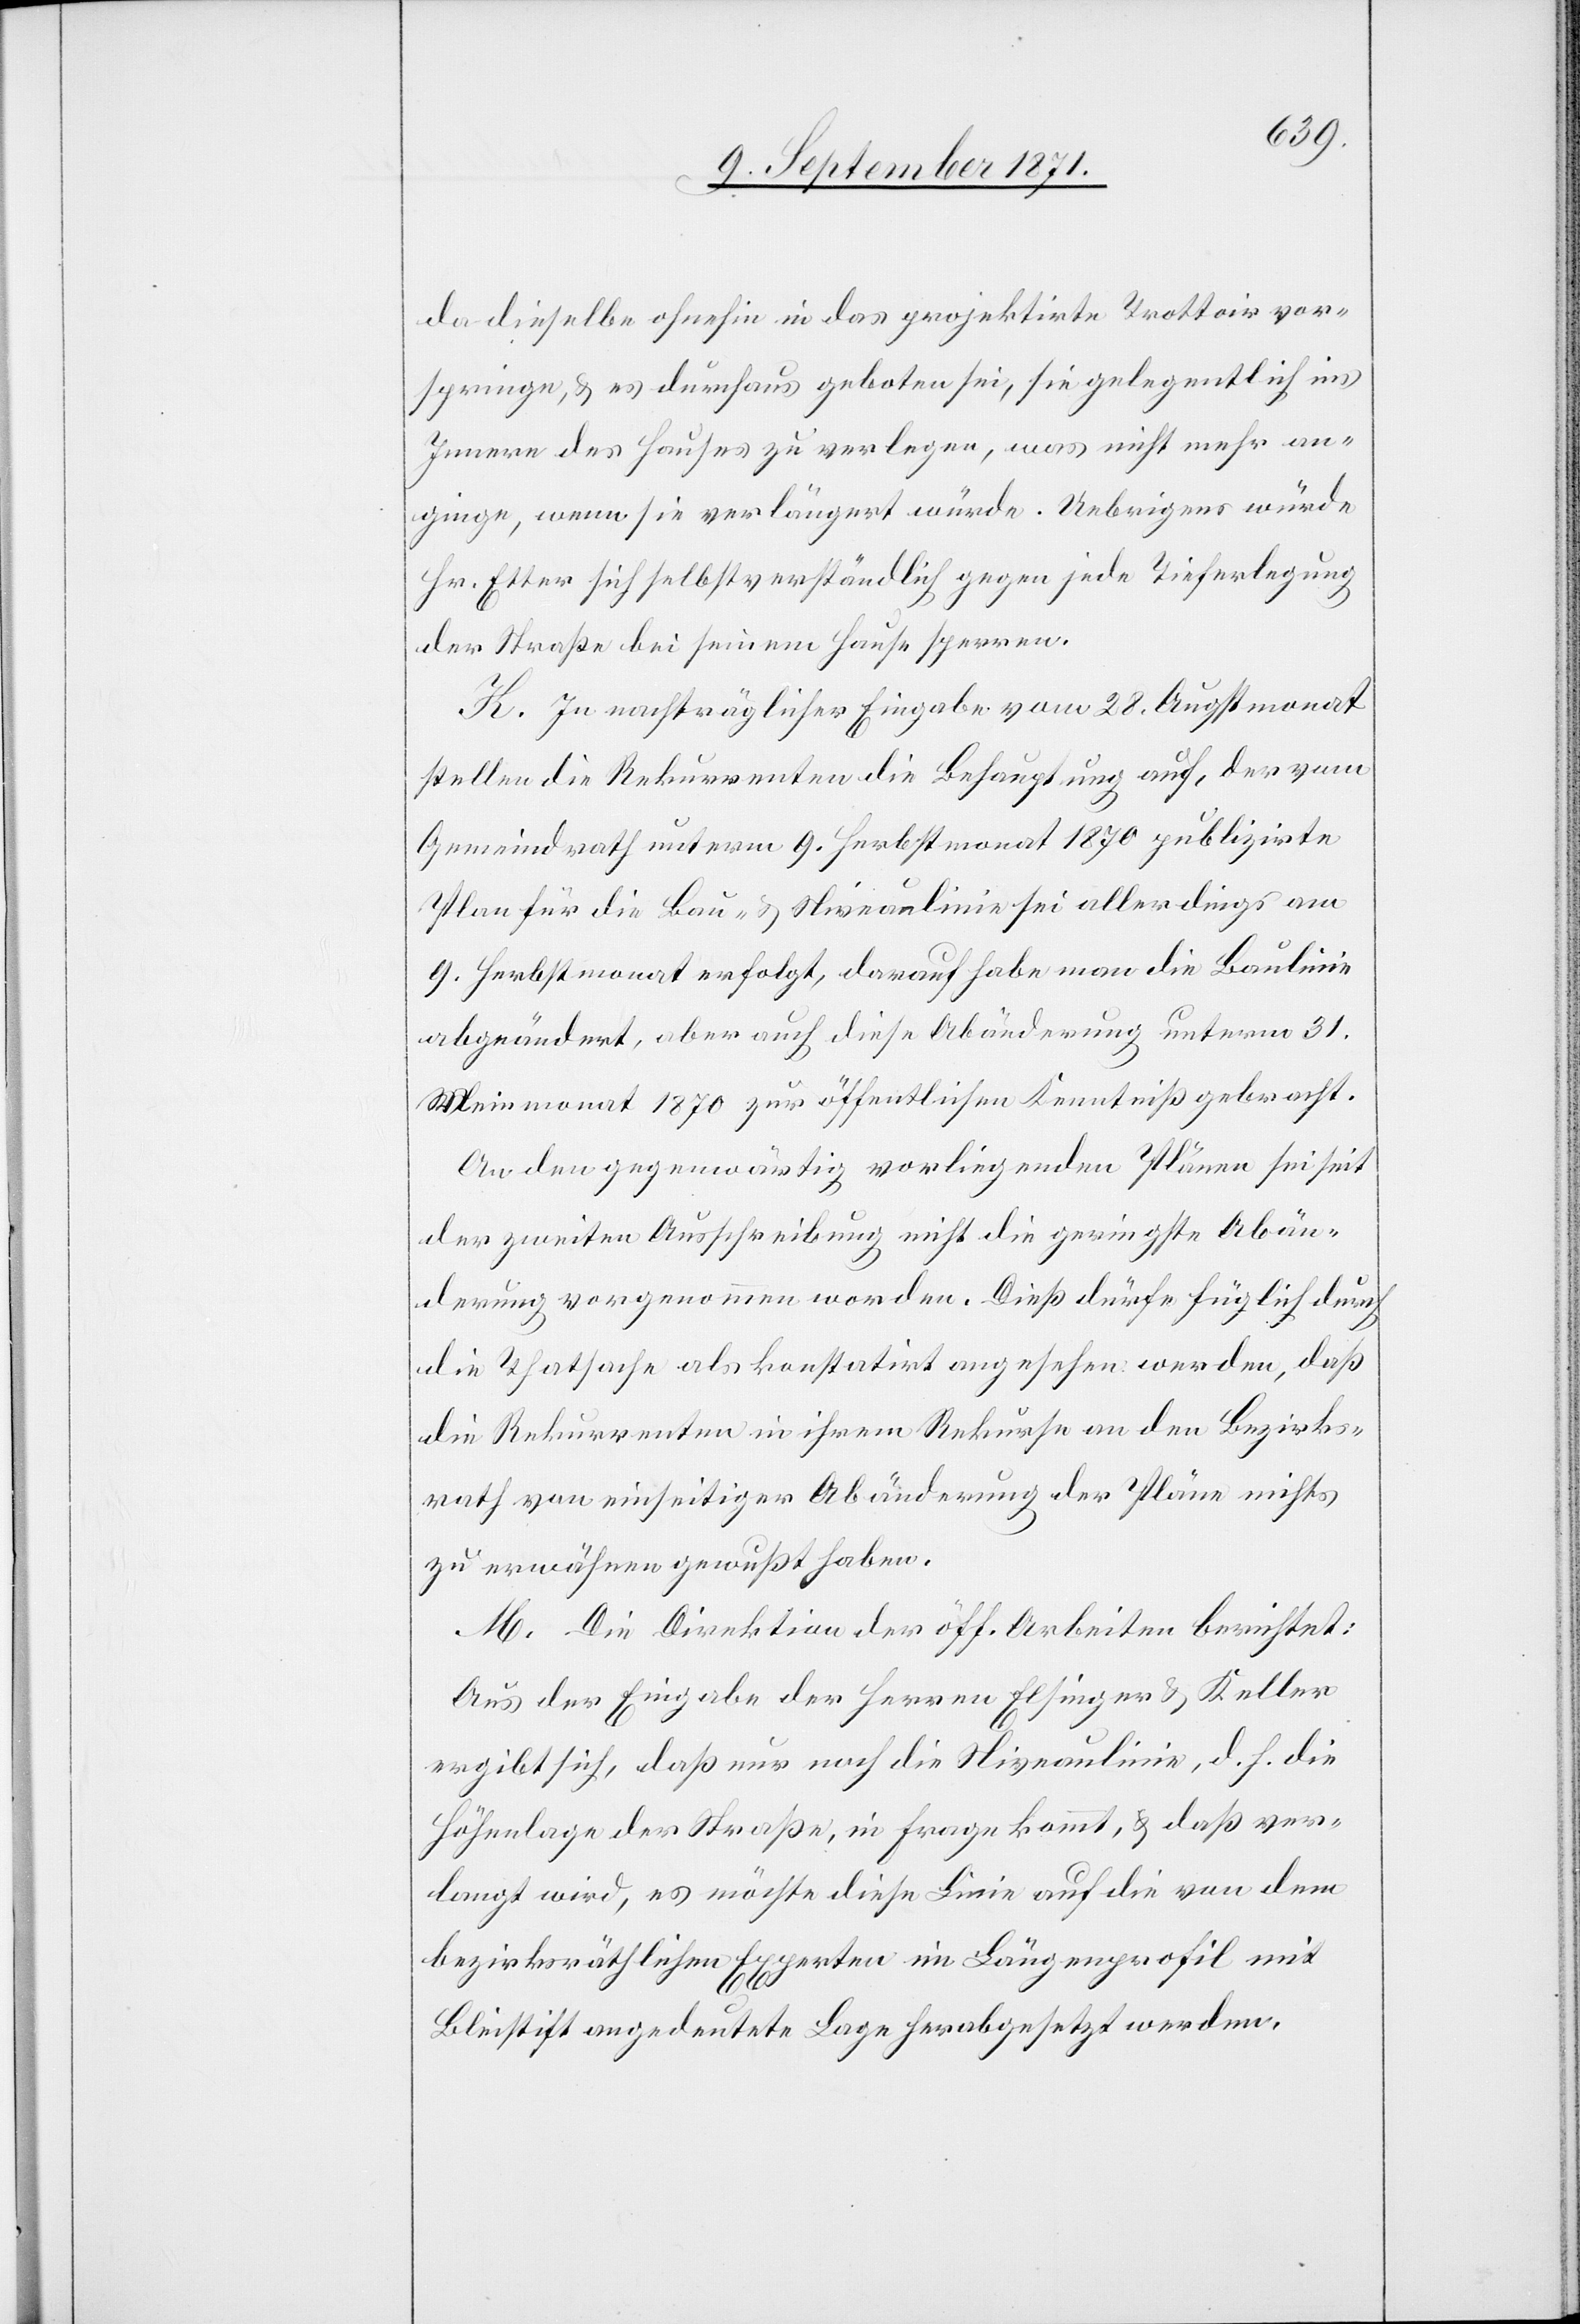
da dieselbe ohnehin in das projektirte Trottoir vor¬
springe, & es durchaus geboten sei, sie gelegentlich ins
Innere des Hauses zu verlegen, was nicht mehr an¬
ginge, wenn sie verlängert würde. Uebrigens würde
Hr. Etter sich selbstverständlich gegen jede Tieferlegung
der Straße bei seinem Hause sperren.
K. In nachträglicher Eingabe vom 28. Augstmonat
stellen die Rekurrenten die Behauptung auf, der vom
Gemeindrath unterm 9. Herbstmonat 1870 publizirte
Plan für die Bau- & Niveaulinie sei allerdings am
9. Herbstmonat erfolgt, darauf habe man die Baulinie
abgeändert, aber auch diese Abänderung unterm 31.
Weinmonat 1870 zur öffentlichen Kenntniß gebracht.
An den gegenwärtig vorliegenden Plänen sei seit
der zweiten Ausschreibung nicht die geringste Abän¬
derung vorgenommen worden. Dieß dürfe füglich durch
die Thatsache als konstatirt angesehen werden, daß
die Rekurrenten in ihrem Rekurse an den Bezirks¬
rath von einseitiger Abänderung der Pläne nichts
zu erwähnen gewusst haben.
[sic!] Die Direktion der öff. Arbeiten berichtet:
Aus der Eingabe der Herren Elsinger & Keller
ergibt sich, daß nur noch die Niveaulinie, d. h. die
Höhenlage der Straße, in Frage kommt, & daß ver¬
langt wird, es möchte diese Linie auf die von den
bezirksräthlichen Experten im Längenprofil mit
Bleistift angedeutete Lage herabgesetzt werden.